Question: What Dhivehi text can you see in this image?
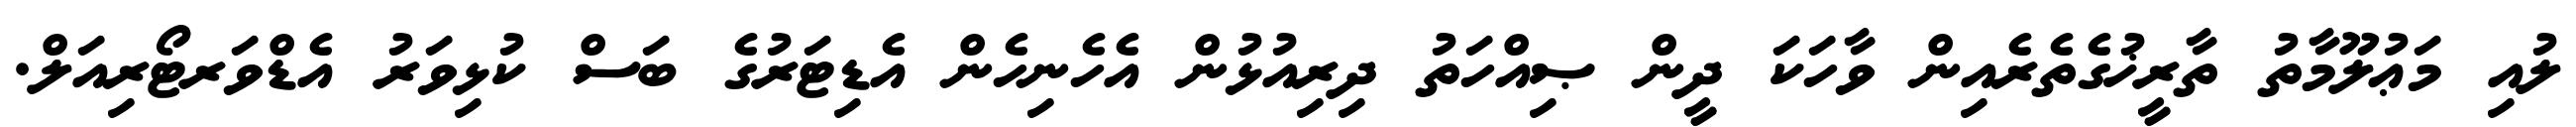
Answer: ލުއި މަޢުލޫމާތު ތާރީޚުގެތެރެއިން ވާހަކަ ދީން ޞިއްހަތު ދިރިއުޅުން އެހެނިހެން އެޑިޓަރުގެ ބަސް ކުޅިވަރު އެޑްވަރޓޯރިއަލް.